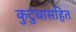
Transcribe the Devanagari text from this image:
कुटुंबासहित